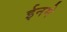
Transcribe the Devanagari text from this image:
ईनमे